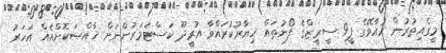
މީގެއިތުރުން ހުއާވޭގެ ޕީ9 ސީރީޒްގެ ފޯނުތައް ޚިޔާރުކުރައްވާ އުރީދޫ ކަސްޓަމަރުންނަށް ޚާއްޞަކޮށްއެއް އަހަރު